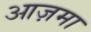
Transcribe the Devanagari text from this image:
आज़मा